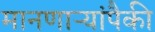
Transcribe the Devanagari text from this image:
मानणाऱ्यांपैकी